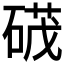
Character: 𮵕